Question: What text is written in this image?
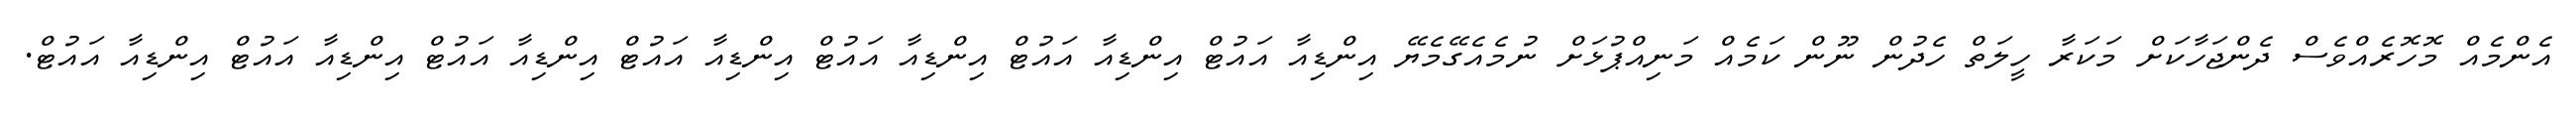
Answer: އެންމެއް މޮހޮރެއްވެސް ދެންޖަހާކަށް މަކަރާ ހީލަތް ހެދުން ނޫން ކަމެއް މަނިއްޕުޅަށް ނުމެއެގޭމެޔޭ އިންޑިއާ އައުޓް އިންޑިއާ އައުޓް އިންޑިއާ އައުޓް އިންޑިއާ އައުޓް އިންޑިއާ އައުޓް އިންޑިއާ އައުޓް އިންޑިއާ އައުޓް.